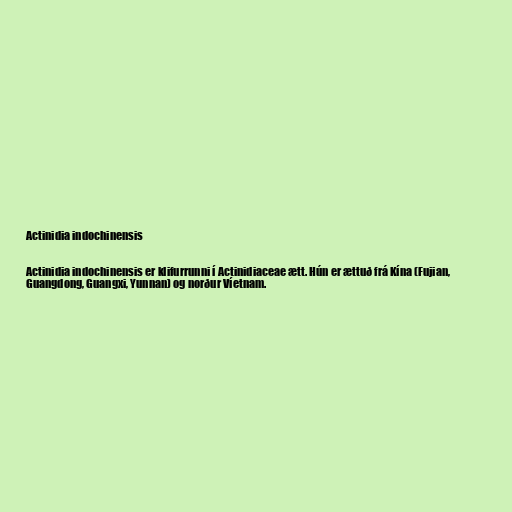
Actinidia indochinensis

Actinidia indochinensis er klifurrunni í Actinidiaceae ætt. Hún er ættuð frá Kína (Fujian,
Guangdong, Guangxi, Yunnan) og norður Víetnam.